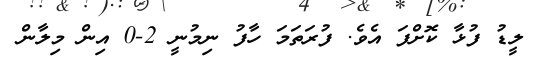
ލީޑު ފުޅާ ކޮށްފަ އެވެ. ފުރަތަމަ ހާފު ނިމުނީ 2-0 އިން މިލާން